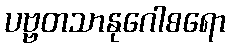
ပဗ္ဗတသာနုဂေါစရော